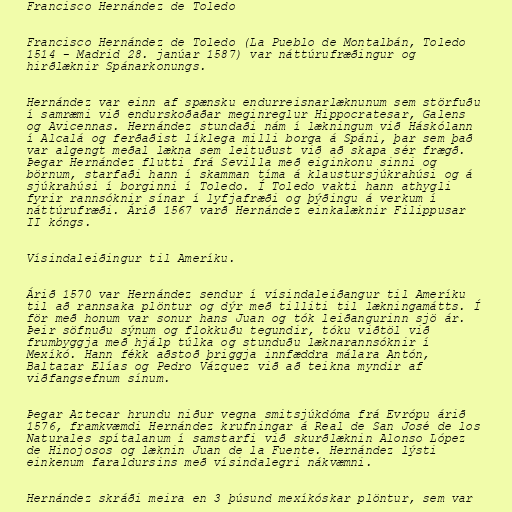
Francisco Hernández de Toledo

Francisco Hernández de Toledo (La Pueblo de Montalbán, Toledo
1514 - Madrid 28. janúar 1587) var náttúrufræðingur og
hirðlæknir Spánarkonungs.

Hernández var einn af spænsku endurreisnarlæknunum sem störfuðu
í samræmi við endurskoðaðar meginreglur Hippocratesar, Galens
og Avicennas. Hernández stundaði nám í lækningum við Háskólann
í Alcalá og ferðaðist líklega milli borga á Spáni, þar sem það
var algengt meðal lækna sem leituðust við að skapa sér frægð.
Þegar Hernández flutti frá Sevilla með eiginkonu sinni og
börnum, starfaði hann í skamman tíma á klaustursjúkrahúsi og á
sjúkrahúsi í borginni í Toledo. Í Toledo vakti hann athygli
fyrir rannsóknir sínar í lyfjafræði og þýðingu á verkum í
náttúrufræði. Árið 1567 varð Hernández einkalæknir Filippusar
II kóngs.

Vísindaleiðingur til Ameríku.

Árið 1570 var Hernández sendur í vísindaleiðangur til Ameríku
til að rannsaka plöntur og dýr með tilliti til lækningamátts. Í
för með honum var sonur hans Juan og tók leiðangurinn sjö ár.
Þeir söfnuðu sýnum og flokkuðu tegundir, tóku viðtöl við
frumbyggja með hjálp túlka og stunduðu læknarannsóknir í
Mexíkó. Hann fékk aðstoð þriggja innfæddra málara Antón,
Baltazar Elías og Pedro Vázquez við að teikna myndir af
viðfangsefnum sínum.

Þegar Aztecar hrundu niður vegna smitsjúkdóma frá Evrópu árið
1576, framkvæmdi Hernández krufningar á Real de San José de los
Naturales spítalanum í samstarfi við skurðlæknin Alonso López
de Hinojosos og læknin Juan de la Fuente. Hernández lýsti
einkenum faraldursins með vísindalegri nákvæmni.

Hernández skráði meira en 3 þúsund mexíkóskar plöntur, sem var